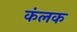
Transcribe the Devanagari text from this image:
कंलक